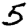
Digit: 5